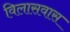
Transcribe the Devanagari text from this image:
विलासवास